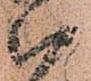
被